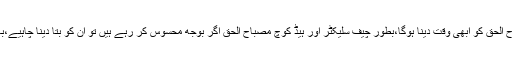
موجودہ کرکٹ ٹیم سے متعلق گفتگو کرتے ہوئے ان کا کہنا تھا کہ مصباح الحق کو ابھی وقت دینا ہوگا،بطور چیف سلیکٹر اور ہیڈ کوچ مصباح الحق اگر بوجھ محسوس کر رہے ہیں تو ان کو بتا دینا چاہیے،بابر اعظم بہت اچھے بلے باز ہیں،کپتانی میں ان کو ابھی وقت دینا چاہیے۔